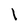
Character: l